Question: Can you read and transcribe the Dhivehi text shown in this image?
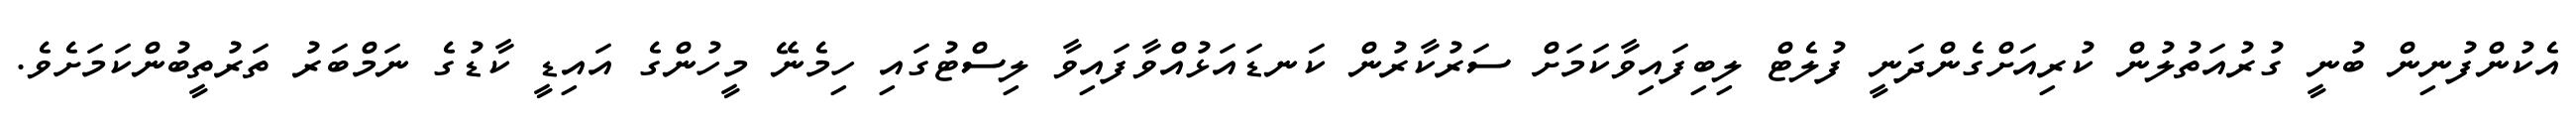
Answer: އެކުންފުނިން ބުނީ ގުރުއަތުލުން ކުރިއަށްގެންދަނީ ފުލެޓް ލިބިފައިވާކަމަށް ސަރުކާރުން ކަނޑައަޅުއްވާފައިވާ ލިސްޓުގައި ހިމެނޭ މީހުންގެ އައިޑީ ކާޑުގެ ނަމްބަރު ތަރުތީބުންކަމަށެވެ.